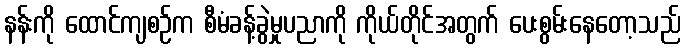
နန်းကို ထောင်ကျစဉ်က စီမံခန့်ခွဲမှုပညာကို ကိုယ်တိုင်အတွက် ပေးစွမ်းနေတော့သည်